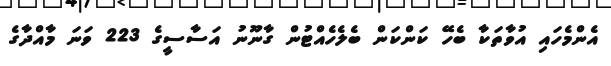
އެންމެހައި އުވާތަކާ ބެހޭ ކަންކަން ބެލެހެއްޓުން ގާނޫނު އަސާސީގެ 223 ވަނަ މާއްދާގެ